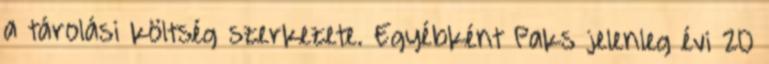
a tárolási költség szerkezete. Egyébként Paks jelenleg évi 20